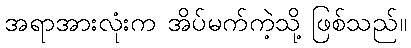
အရာအားလုံးက အိပ်မက်ကဲ့သို့ ဖြစ်သည်။